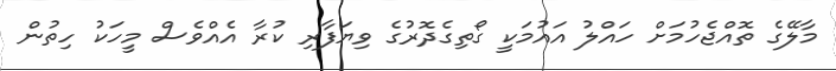
މާލޭގެ ތޮއްޖެހުމަށް ހައްލު އައުމަކީ ގޯތިގެދޮރުގެ ވިޔަފާރި ކުރާ އެއްވެސް މީހަކު ހިތުން